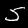
Label: 5